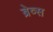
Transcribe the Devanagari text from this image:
ब्रेव्स